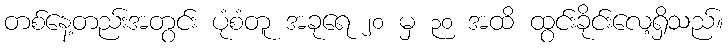
တစ်နေ့တည်းအတွင်း ပုံစံတူ အခုရေ ၂၀ မှ ၃၀ အထိ ထွင်းခိုင်းလေ့ရှိသည်။